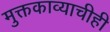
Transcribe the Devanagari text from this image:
मुक्तकाव्याचीही